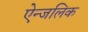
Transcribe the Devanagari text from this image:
ऐन्जलिक